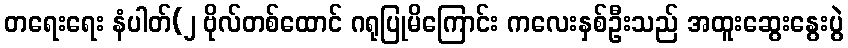
တရေးရေး နံပါတ်(၂ ဗိုလ်တစ်ထောင် ဂရုပြုမိကြောင်း ကလေးနှစ်ဦးသည် အထူးဆွေးနွေးပွဲ